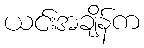
ယင်းအချိန်က